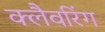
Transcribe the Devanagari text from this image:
क्लैवरिंग